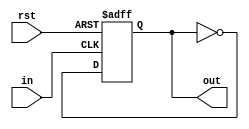
//t flip flop
module flipflop(rst, in, out);

    input rst;
    input in;
    output reg out = 0;
    
    always @(posedge in or posedge rst) begin
        if (rst) begin
            out <= 1'b0;
        end else if (in) begin
            out <= ~out;
        end
    end
endmodule